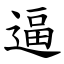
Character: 逼